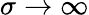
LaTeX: \sigma\to\infty